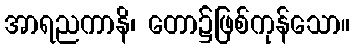
အာရညကာနိ၊ တော၌ဖြစ်ကုန်သော။